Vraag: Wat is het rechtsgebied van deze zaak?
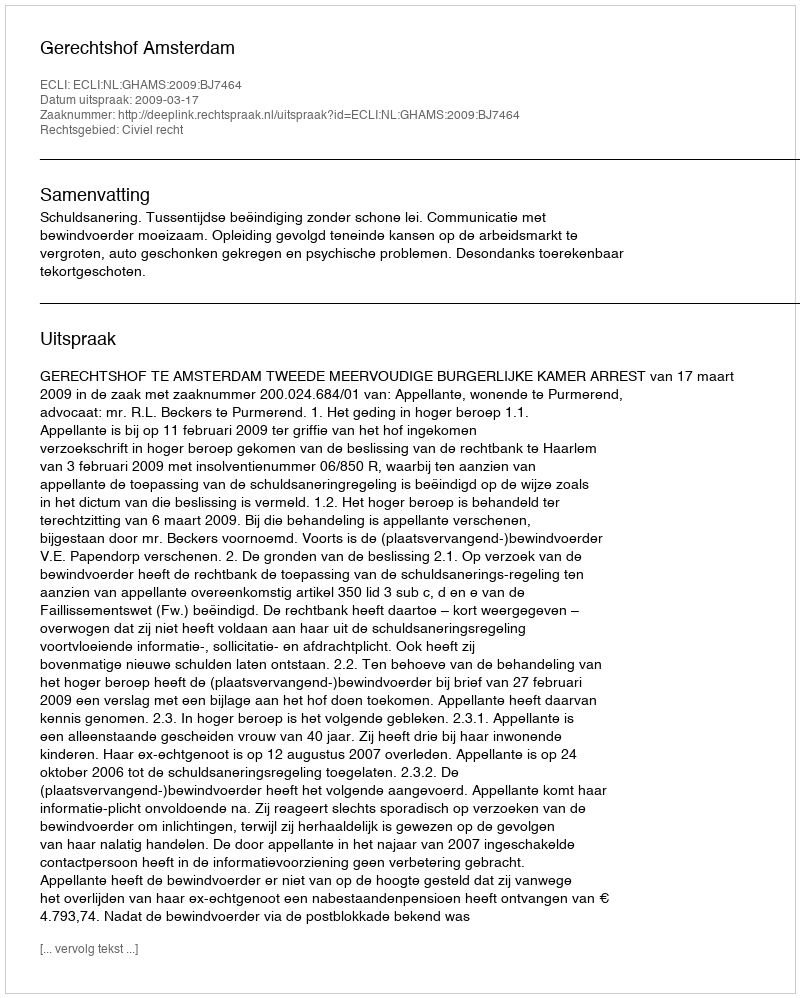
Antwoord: Civiel recht